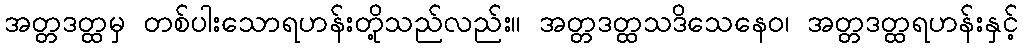
အတ္တဒတ္ထမှ တစ်ပါးသောရဟန်းတို့သည်လည်း။ အတ္တဒတ္ထသဒိသေနေဝ၊ အတ္တဒတ္ထရဟန်းနှင့်